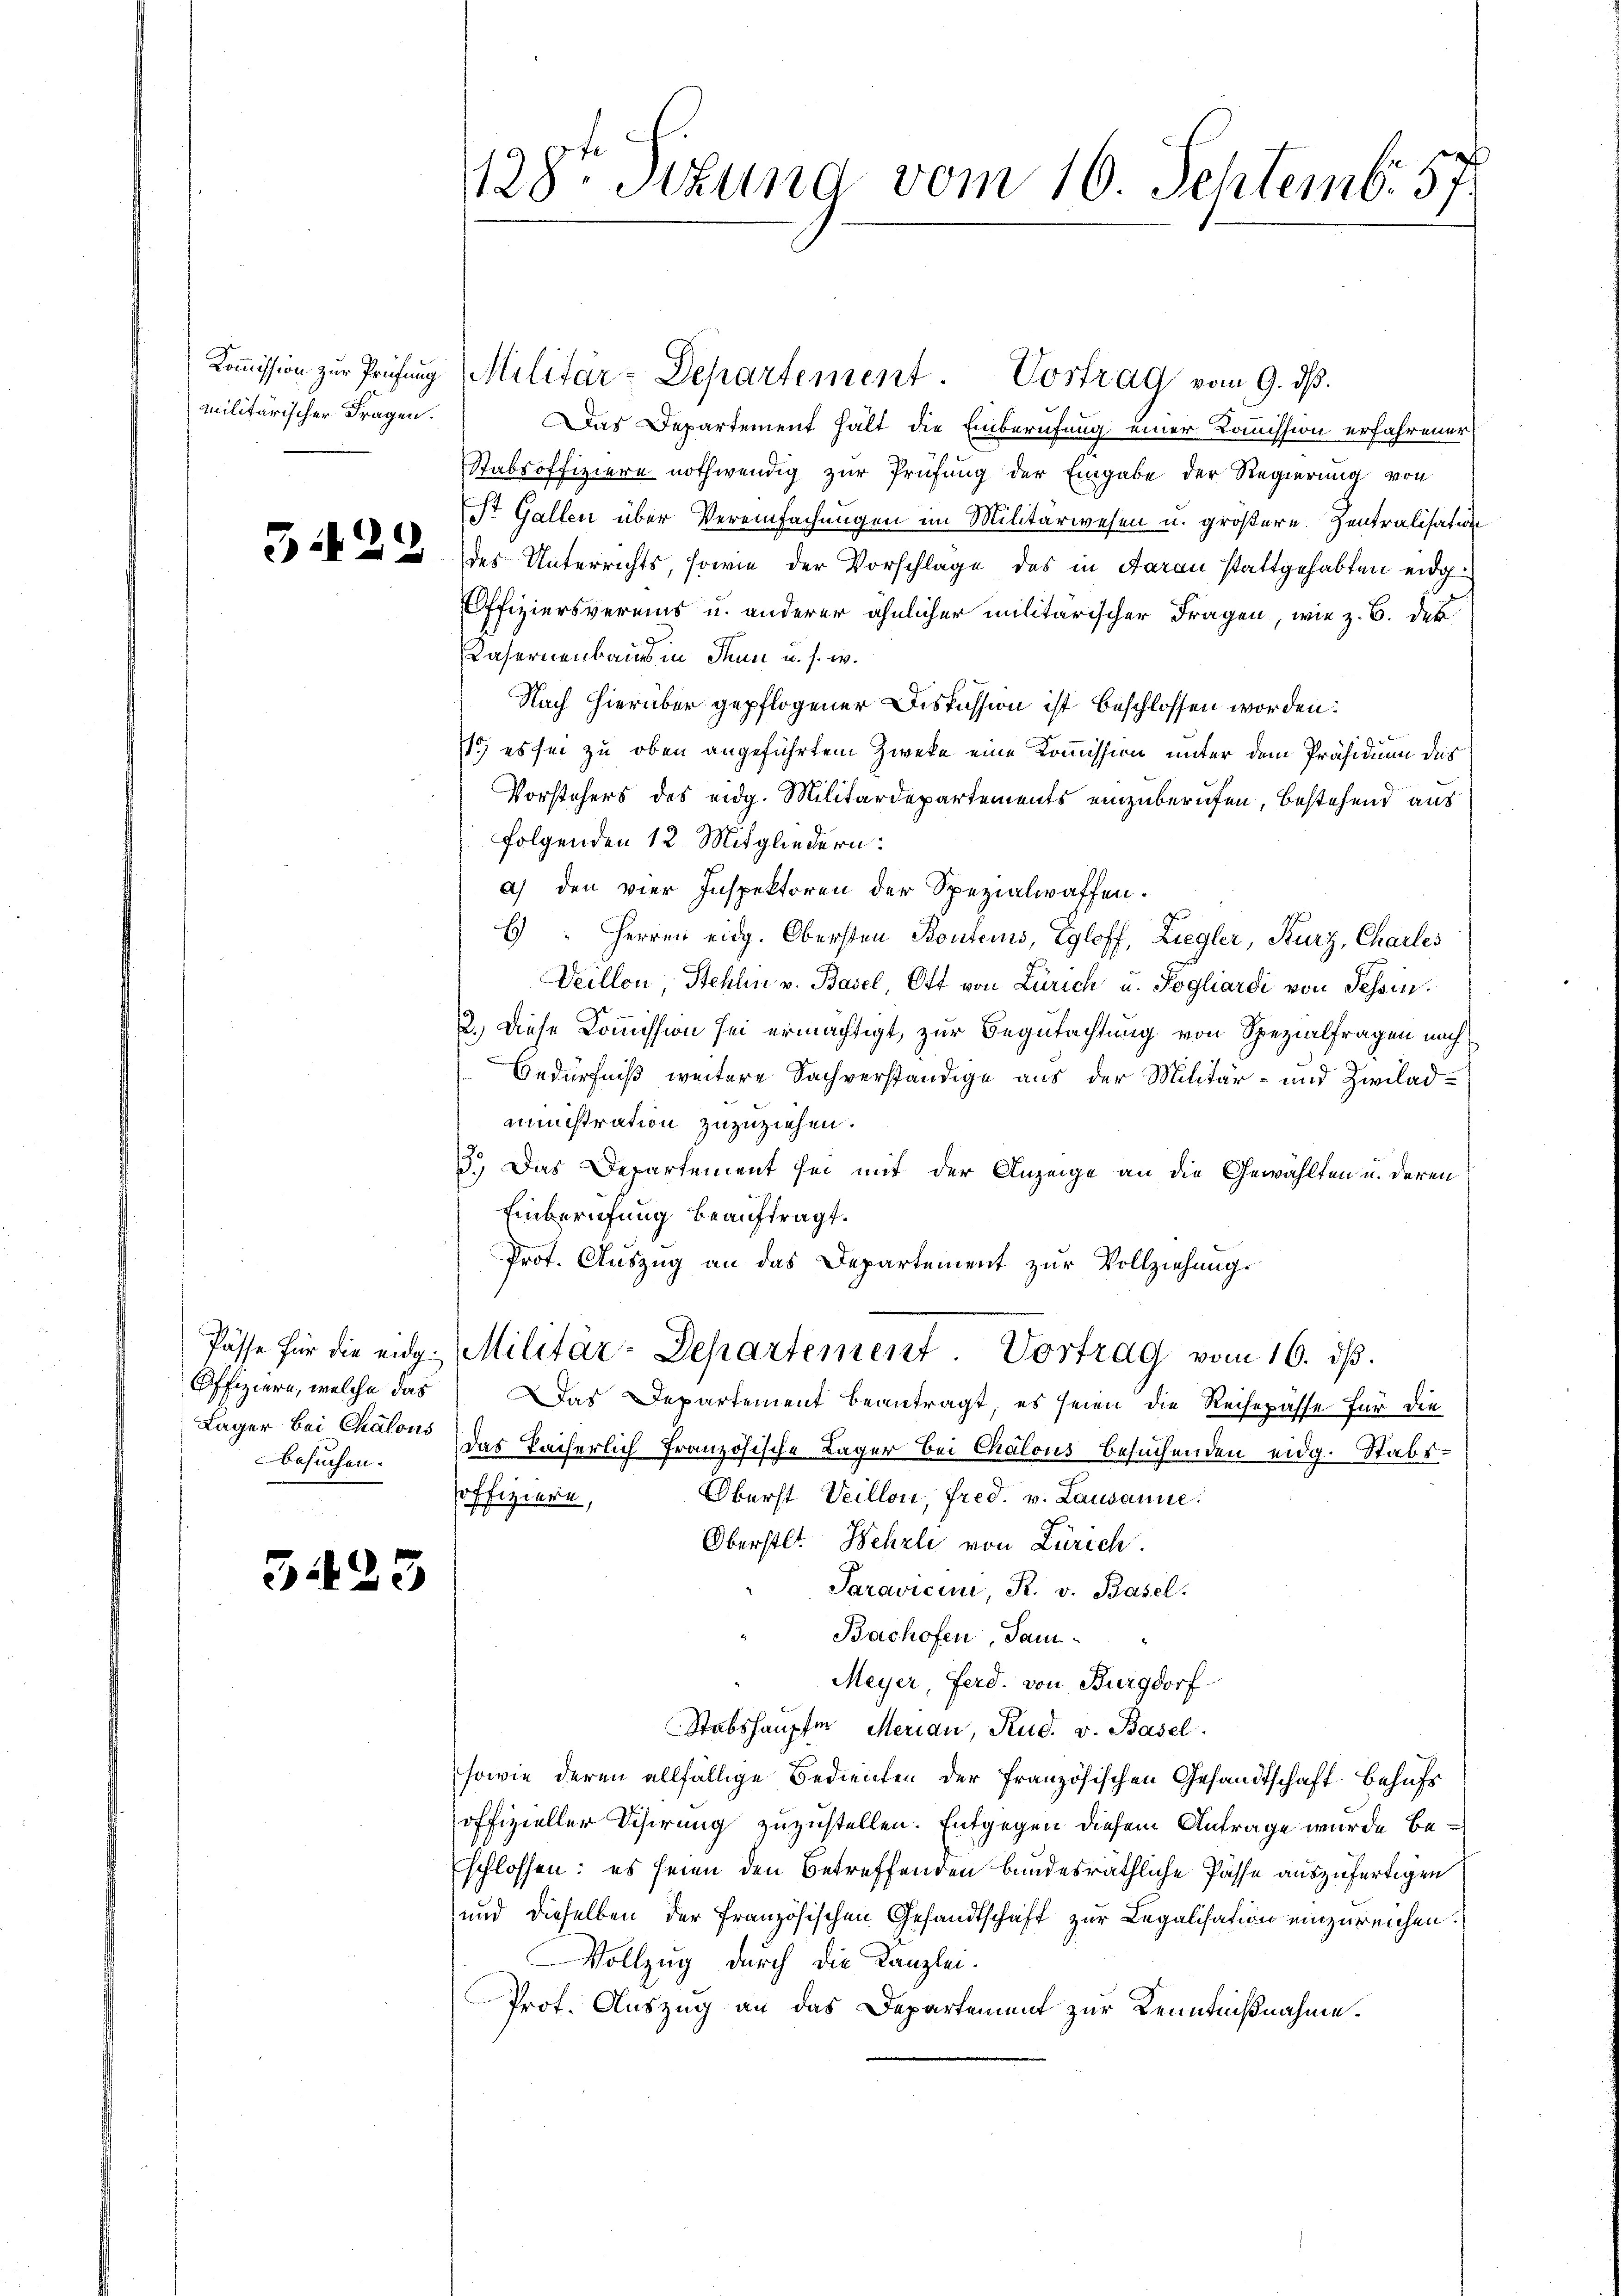
militärischer Fragen.

besuchen.

3425

Koṁission zur Prüfung Militär-Departement. Vortrag vom 9. ds.
Das Departement hält die Einberufung einer Komission erfahrener
Stabsoffiziere nothwendig zur Prüfung der Eingabe der Regierung von
St. Gallen über Vereinfachungen im Militärwesen u. größere Zentralisation
 33 des Unterrichts, sowie der Vorschlage des in daran stattgehabten eidg.
Offiziersvereins u. anderer ähnlicher militärischer Fragen, wie z. B. der
Casernenbaues in Thun u. s. w.
Nach hierüber gepflogener Diskussion ist beschlossen worden:
1) es sei zu oben angeführtem Zwecke eine Kommission unter dem Präsidium des
Vorstehers des eidg. Militärdepartements einzuberufen, bestehend aus
folgenden 12. Mitgliedern:
a) den vier Inspektoren der Spezialwaffen.
E " Herren eidg. Obersten Kontens, Egloff, Ziegler, Kurz, Charles
Veillon, Stehlin v. Basel, Ott von Zürich u. Pogliardi von Tessin.
2.) Diese Kommission sei ermächtigt, zur Begutachtung von Spezialfragen nach
Bedürfniß weitere Sachverständige aus der Militär- und Ziviladministration zuzuziehen.
3.) Das Departement sei mit der Anzeige an die Gewählten u. deren
Einberufung beauftragt.
Prot. Auszug an das Departement zur Vollziehung
Pässe für die eidg. Militär-Departement. Vortrag vom 16. ds.
Offiziere, welche das Das Departement beantragt, es seien die Reisepässe für die
Läger bei Chalons das kaiserlich französische Lager bei Chalous besuchenden eidg. Stabs¬
Oberst Veillon, fred. v. Lausanne.
soffiziern,
Oberstet. Wehrli von Zürich.
Saravicini, R. v. Basel.
Bachofen, dam
Meyer, Ferd. von Burgdorf
Stabshauptm. Merian, Rud. v. Basel.
sowie deren allfällige Bedienten der französischen Gesandtschaft behufs
offizieller Visirung zuzustellen. Entgegen diesem Antrage wurde beschlossen: es seien den Betreffenden bundesräthliche Pässe auszufertigen
und dieselben der französischen Gesandtschaft zur Legalisation einzureichen.
Vollzug durch die Kanzlei.
Prot. Auszug an das Departement zur Kenntnißnahme.

128t Sekung vom 10. Septemb. 57.